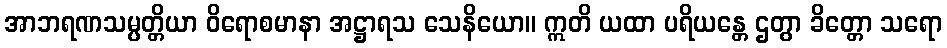
အာဘရဏသမ္ပတ္တိယာ ဝိရောစမာနာ အဋ္ဌာရသ သေနိယော။ ဣတိ ယထာ ပရိယန္တေ ဌတွာ ခိတ္တော သရော